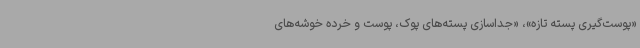
«پوست‌گیری پسته تازه»، «جداسازی پسته‌های پوک، پوست و خرده خوشه‌های